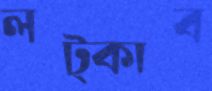
লট্‌কাব